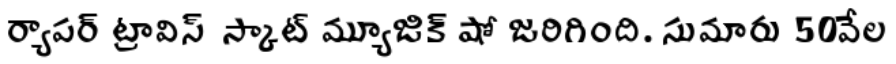
ర్యాపర్ ట్రావిస్ స్కాట్ మ్యూజిక్ షో జరిగింది. సుమారు 50వేల